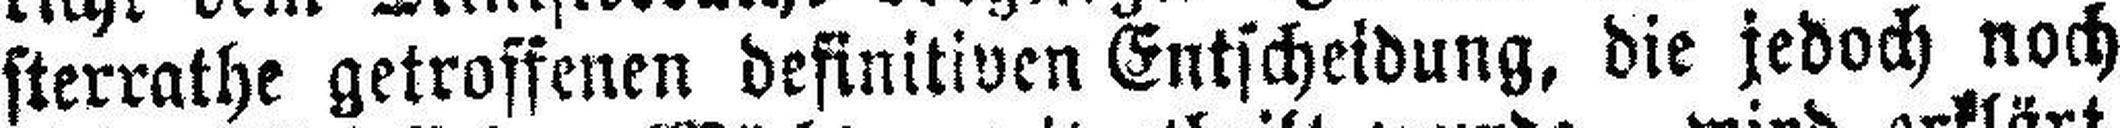
sterrathe getroffenen definitiven Entscheidung, die jedoch noch